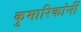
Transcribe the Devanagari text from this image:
कुमारिकांनीं